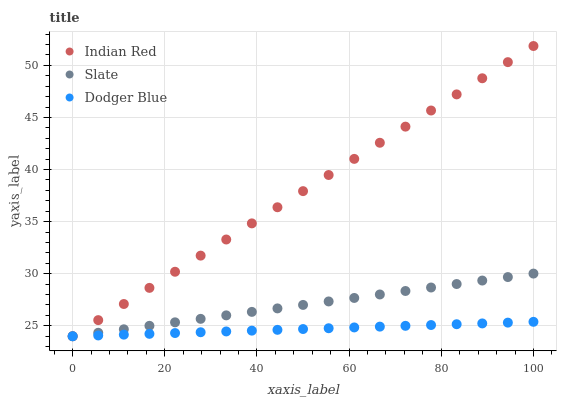
| xaxis_label | Indian Red | Slate | Dodger Blue |
 | --- | --- | --- | --- |
 | 0 | 24 | 24 | 24 |
 | 5.56 | 25.5 | 24.3 | 24.1 |
 | 11.1 | 27.1 | 24.7 | 24.2 |
 | 16.7 | 28.6 | 25 | 24.2 |
 | 22.2 | 30.2 | 25.3 | 24.3 |
 | 27.8 | 31.7 | 25.7 | 24.4 |
 | 33.3 | 33.3 | 26 | 24.5 |
 | 38.9 | 34.8 | 26.3 | 24.5 |
 | 44.4 | 36.4 | 26.7 | 24.6 |
 | 50 | 37.9 | 27 | 24.7 |
 | 55.6 | 39.5 | 27.3 | 24.8 |
 | 61.1 | 41 | 27.7 | 24.8 |
 | 66.7 | 42.6 | 28 | 24.9 |
 | 72.2 | 44.1 | 28.3 | 25 |
 | 77.8 | 45.7 | 28.7 | 25.1 |
 | 83.3 | 47.2 | 29 | 25.2 |
 | 88.9 | 48.8 | 29.3 | 25.2 |
 | 94.4 | 50.3 | 29.7 | 25.3 |
 | 100 | 51.9 | 30 | 25.4 |